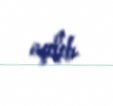
açılıb.